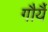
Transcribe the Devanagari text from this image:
गौर्यै